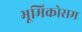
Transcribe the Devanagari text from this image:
भूमिकोसम